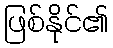
ဖြစ်နိုင်၏